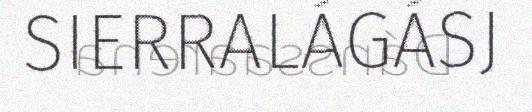
SIERRALÁGÁSJ